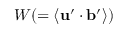
W ( = \langle { { \bf { u } } ^ { \prime } \cdot { \bf { b } } ^ { \prime } } \rangle )